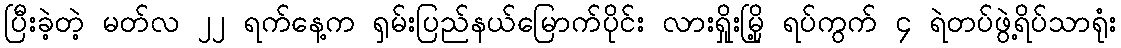
ပြီးခဲ့တဲ့ မတ်လ ၂၂ ရက်နေ့က ရှမ်းပြည်နယ်မြောက်ပိုင်း လားရှိုးမြို့ ရပ်ကွက် ၄ ရဲတပ်ဖွဲ့ရိပ်သာရုံး